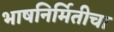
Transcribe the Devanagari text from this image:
भाषनिर्मितीचा